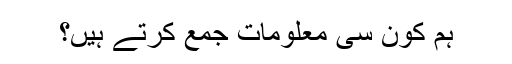
ہم کون سی معلومات جمع کرتے ہیں؟